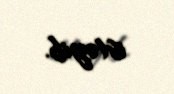
istəyib.